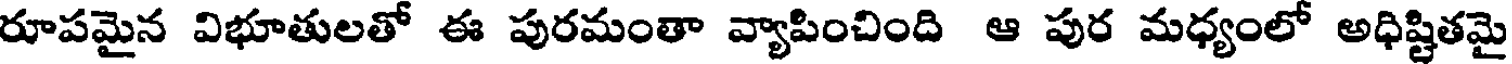
రూపమైన విభూతులతో ఈ పురమంతా వ్యాపించింది ఆ పుర మధ్యంలో అధిష్టితమై